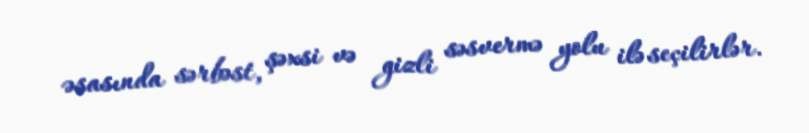
əsasında sərbəst, şəxsi və gizli səsvermə yolu ilə seçilirlər.